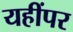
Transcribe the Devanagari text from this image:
यहींपर